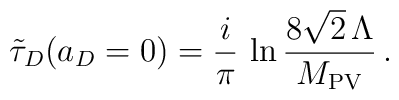
\tilde\tau_D(a_D=0)=\frac{i}{\pi}\,\ln\frac{8\sqrt{2}\,\Lambda}{M_{\rm PV}}\,.